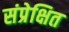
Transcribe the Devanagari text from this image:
संप्रेक्षित